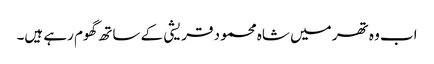
اب وہ تھر میں شاہ محمود قریشی کے ساتھ گھوم رہے ہیں۔